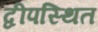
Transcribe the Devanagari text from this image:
द्वीपस्थित